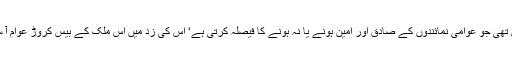
انہیں اچانک یاد آیا کہ پاکستان کے آئین میں ان کے محسن نے ایک ایسی شق ڈال دی تھی جو عوامی نمائندوں کے صادق اور امین ہونے یا نہ ہونے کا فیصلہ کرتی ہے‘ اس کی زد میں اس ملک کے بیس کروڑ عوام آ سکتے ہیں لیکن یہ پھندا جس کے گلے میں فٹ ہو اس کی گردن میں ڈال دیا جاتا ہے۔